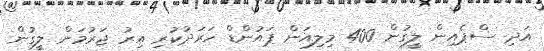
އަދި ސްޕެއިން ލީގުން 400 މިލިއަން ޕައުންޑް ހަރަދުކުރި އިރު ޖަރުމަން ލީގުން